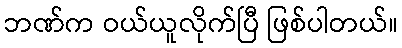
ဘဏ်က ဝယ်ယူလိုက်ပြီ ဖြစ်ပါတယ်။